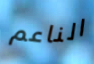
الناعم